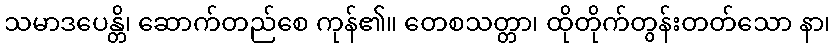
သမာဒပေန္တိ၊ ဆောက်တည်စေ ကုန်၏။ တေစသတ္တာ၊ ထိုတိုက်တွန်းတတ်သော နာ၊